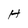
Character: H